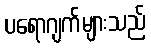
ပရောဂျက်များသည်